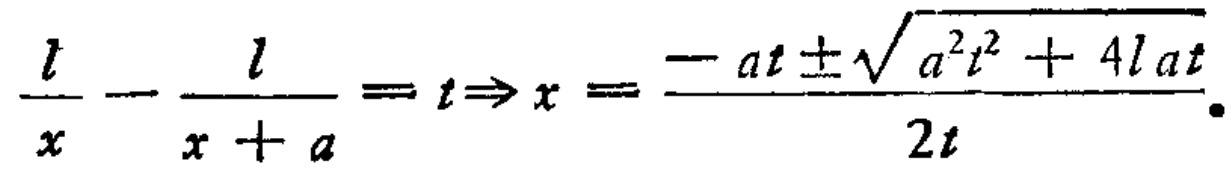
\(\frac{l}{x}-\frac{l}{x + a}=t\Rightarrow x=\frac{-at\pm\sqrt{a^{2}t^{2}+4lat}}{2t}\)